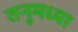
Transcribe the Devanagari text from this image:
तनुमध्या